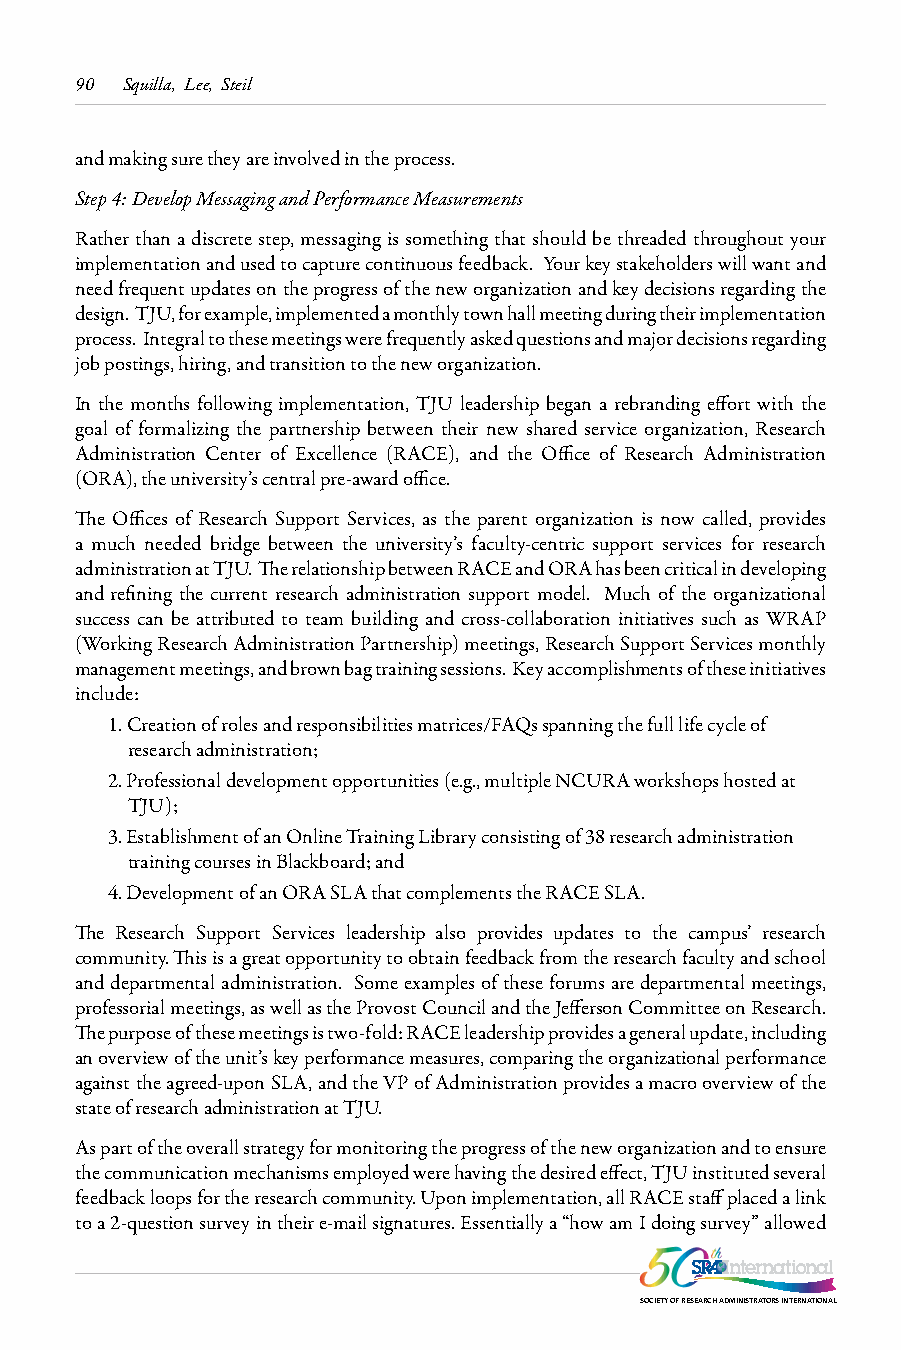
90 Squilla, Lee, Steil
 and making sure they are involved in the process.
 Step 4: Develop Messaging and Performance Measurements
 Rather than a discrete step, messaging is something that should be threaded throughout your
 implementation and used to capture continuous feedback. Your key stakeholders will want and
 need frequent updates on the progress of the new organization and key decisions regarding the
 design. TJU, for example, implemented a monthly town hall meeting during their implementation
 process. Integral to these meetings were frequently asked questions and major decisions regarding
 job postings, hiring, and transition to the new organization.
 In the months following implementation, TJU leadership began a rebranding effort with the
 goal of formalizing the partnership between their new shared service organization, Research
 Administration Center of Excellence (RACE), and the Office of Research Administration
 (ORA), the university’s central pre-award office.
 The Offices of Research Support Services, as the parent organization is now called, provides
 a much needed bridge between the university’s faculty-centric support services for research
 administration at TJU. The relationship between RACE and ORA has been critical in developing
 and refining the current research administration support model. Much of the organizational
 success can be attributed to team building and cross-collaboration initiatives such as WRAP
 (Working Research Administration Partnership) meetings, Research Support Services monthly
 management meetings, and brown bag training sessions. Key accomplishments of these initiatives
 include:
 1. Creation of roles and responsibilities matrices/FAQs spanning the full life cycle of
 research administration;
 2. Professional development opportunities (e.g., multiple NCURA workshops hosted at
 TJU);
 3. Establishment of an Online Training Library consisting of 38 research administration
 training courses in Blackboard; and
 4. Development of an ORA SLA that complements the RACE SLA.
 The Research Support Services leadership also provides updates to the campus’ research
 community. This is a great opportunity to obtain feedback from the research faculty and school
 and departmental administration. Some examples of these forums are departmental meetings,
 professorial meetings, as well as the Provost Council and the Jefferson Committee on Research.
 The purpose of these meetings is two-fold: RACE leadership provides a general update, including
 an overview of the unit’s key performance measures, comparing the organizational performance
 against the agreed-upon SLA, and the VP of Administration provides a macro overview of the
 state of research administration at TJU.
 As part of the overall strategy for monitoring the progress of the new organization and to ensure
 the communication mechanisms employed were having the desired effect, TJU instituted several
 feedback loops for the research community. Upon implementation, all RACE staff placed a link
 to a 2-question survey in their e-mail signatures. Essentially a “how am I doing survey” allowed
 SOCIETY OF RESEARCH ADMINISTRATORS INTERNATIONAL